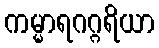
ကမ္မာရဂဂ္ဂရိယာ